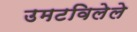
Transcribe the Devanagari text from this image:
उमटविलेले